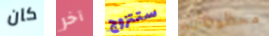
كان آخر ستتزوج محظوظان